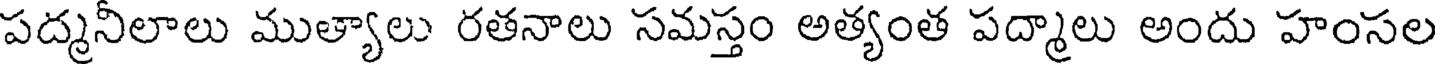
పద్మనీలాలు ముత్యాలు రతనాలు సమస్తం అత్యంత పద్మాలు అందు హంసల